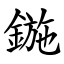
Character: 鍦